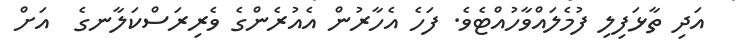
އަދި ތާޅަފިލި ފުމެލައްވާހުއްޓެވެ. ފަހެ އެހާރުން އެއުރެންގެ ވެރިރަސްކަލާނގެ  އަށް